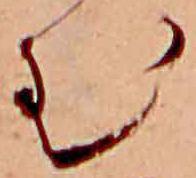
む